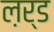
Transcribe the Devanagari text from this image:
ल़र्ड